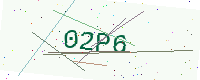
Text: 02P6